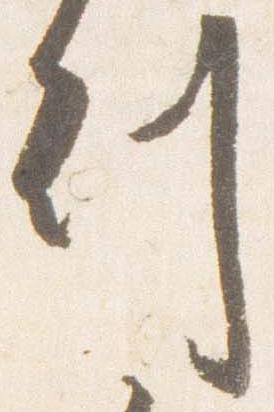
刻